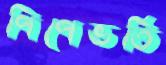
পিপেভর্তি